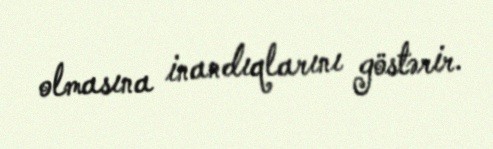
olmasına inandıqlarını göstərir.